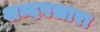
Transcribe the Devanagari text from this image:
शब्दपसारा